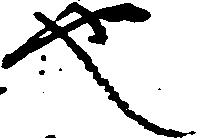
也